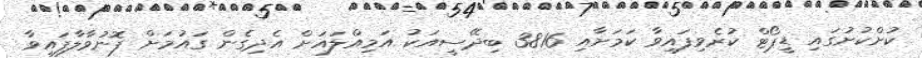
ކުށްކުށުގައި ޑީޕޯޓް ކުރެވިފައިވާ ކަމަށާއި 3816 ބިދޭސީއަކު އަމިއްލައަށް އެދިގެން ގައުމަށް ފޮނުވާލާފައިވާ